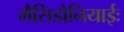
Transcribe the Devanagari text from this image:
मैसिडोनियाईः